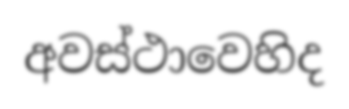
අවස්ථාවෙහිද